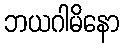
ဘယဂါမိနော